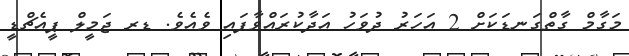
މަގާމް ގާތްގަނޑަކަށް 2 އަހަރު ދުވަހު އަދާކުރައްވާފައި ވެއެވެ. ޑރ ޖަމީލް ޕީއެޗްޑީ